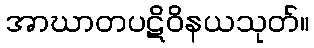
အာဃာတပဋိဝိနယသုတ်။